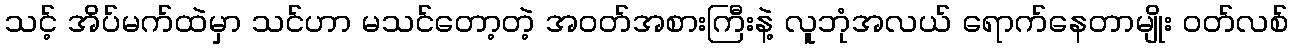
သင့် အိပ်မက်ထဲမှာ သင်ဟာ မသင်တော့တဲ့ အဝတ်အစားကြီးနဲ့ လူဘုံအလယ် ရောက်နေတာမျိုး ဝတ်လစ်